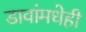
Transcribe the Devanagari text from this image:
डावांमधेही